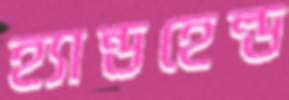
হ্যান্ডহেল্ড